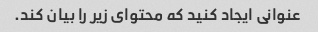
عنوانی ایجاد کنید که محتوای زیر را بیان کند.